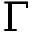
\Gamma